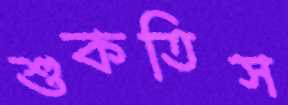
শুকতিস